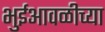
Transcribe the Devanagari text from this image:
भुईआवळीच्या